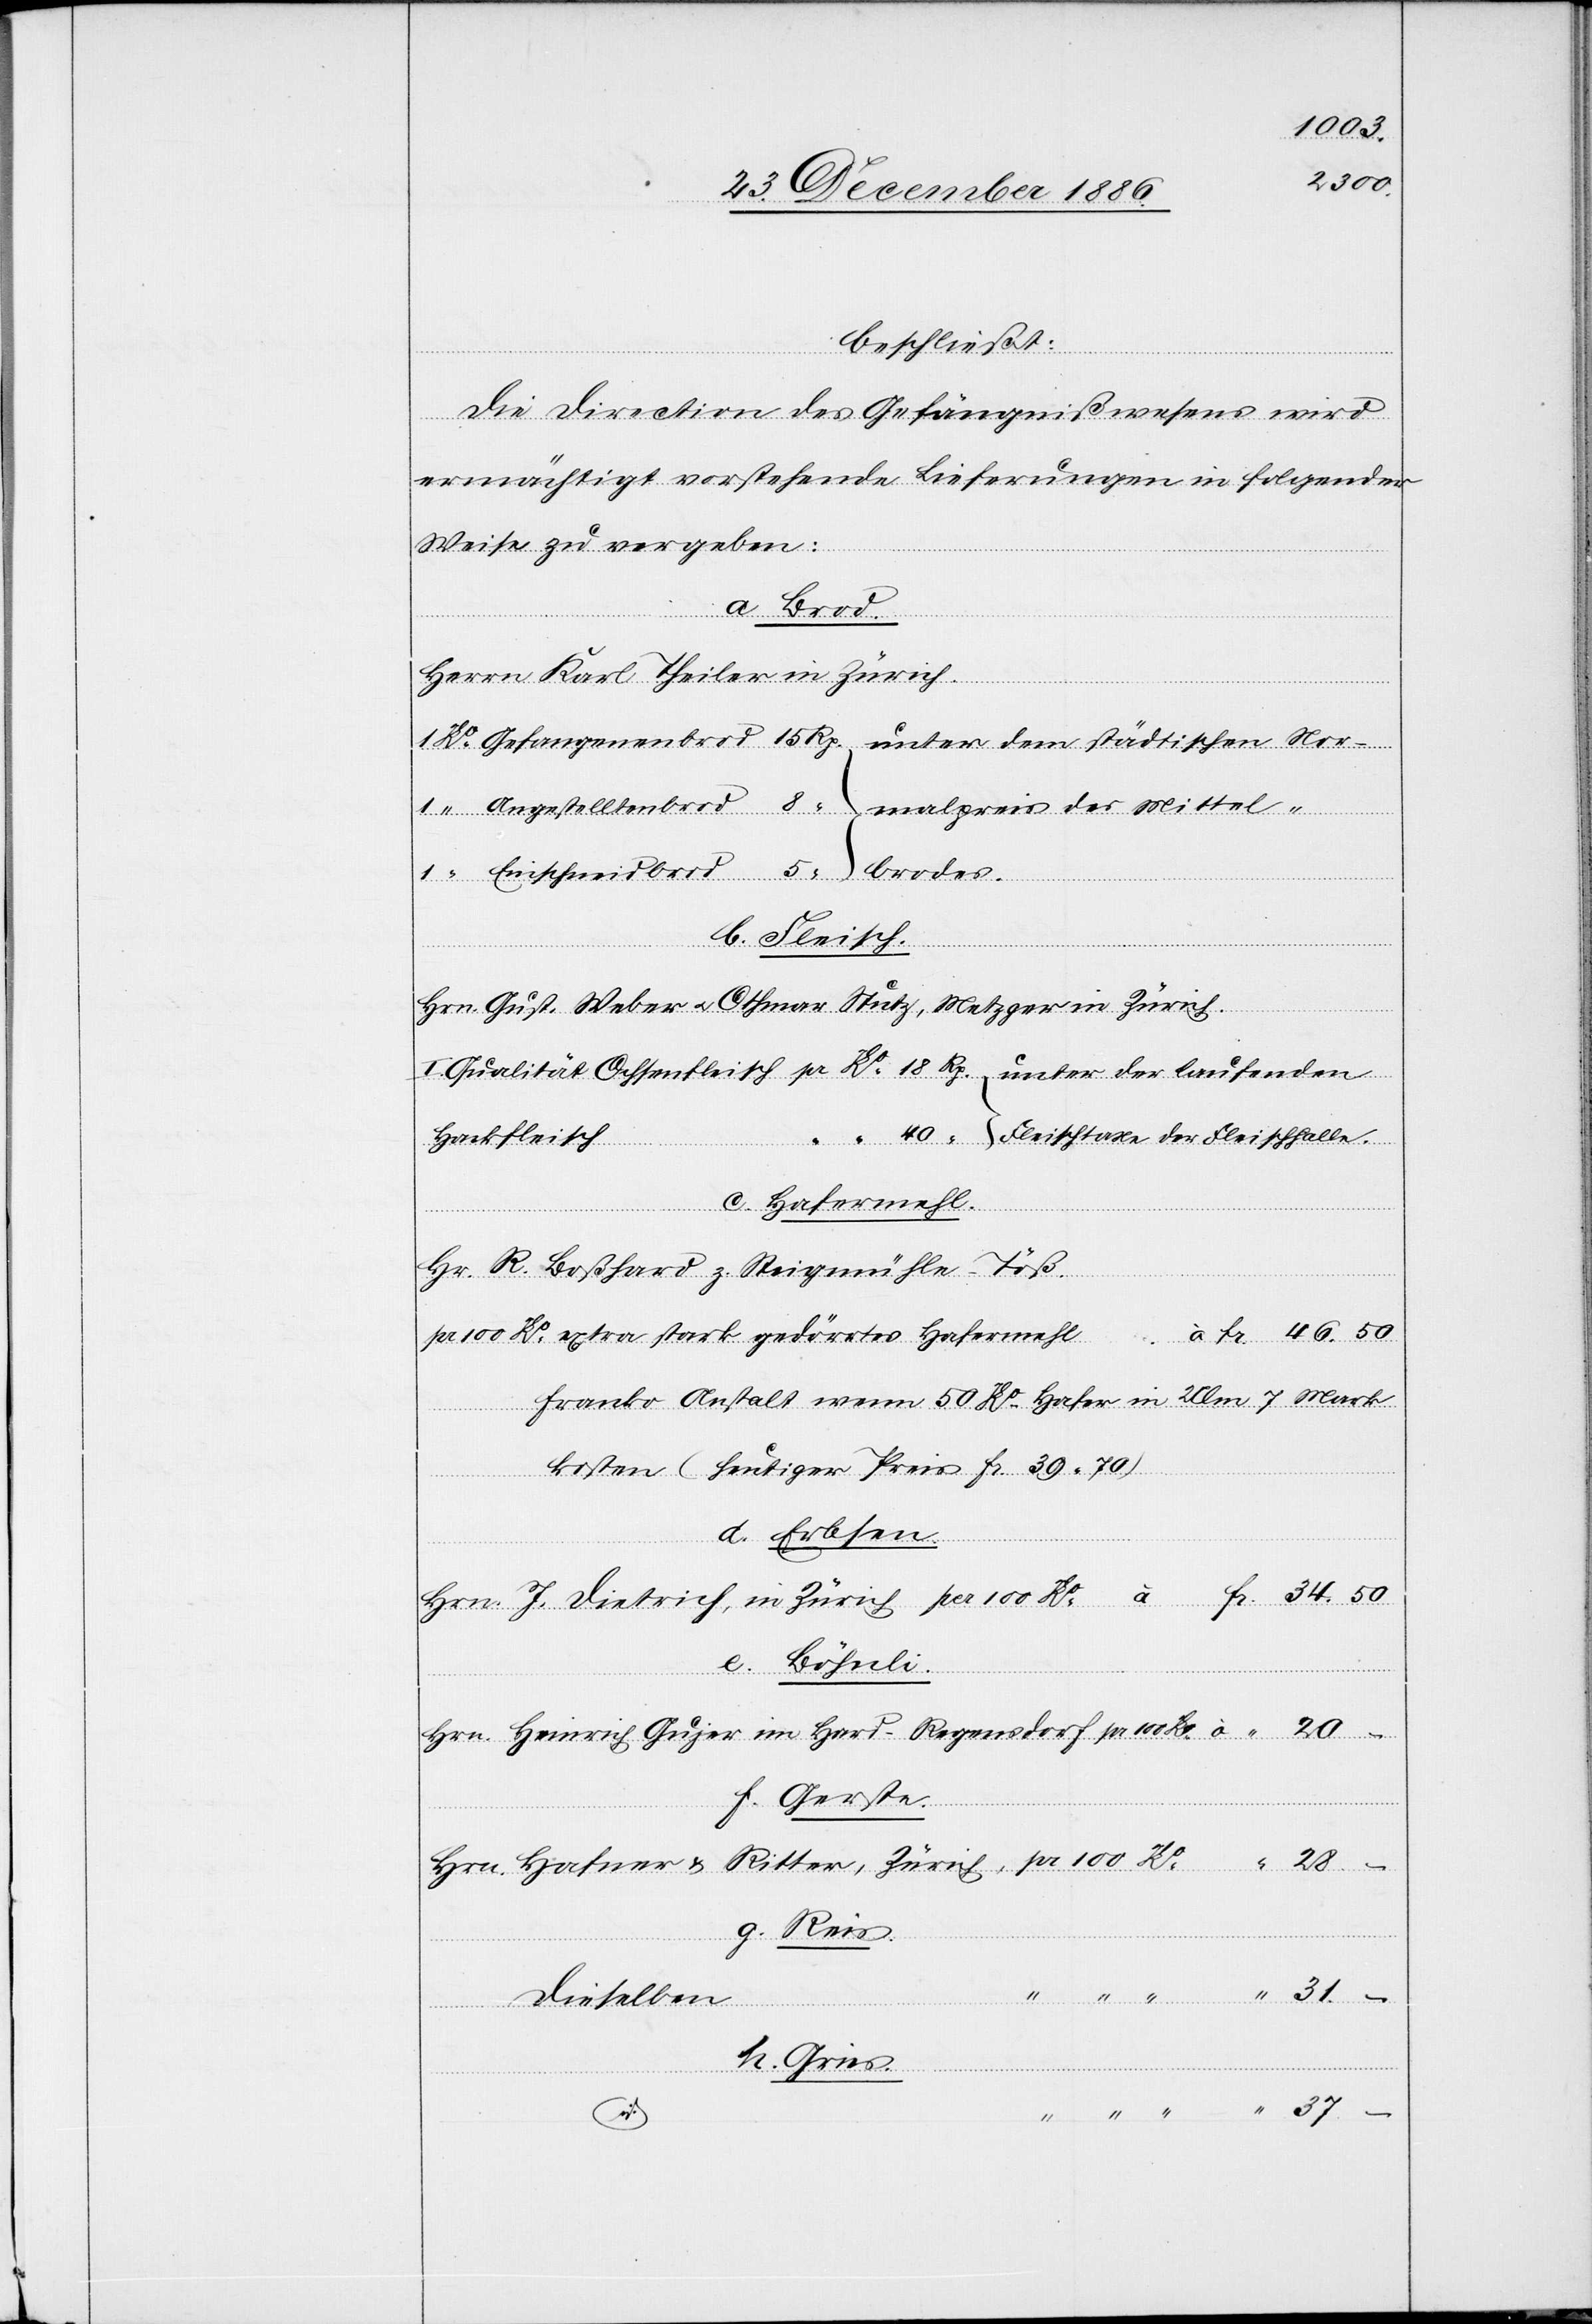
100 Ko
28.
beschließt:
Die Direction des Gefängnißwesens wird
ermächtigt vorstehende Lieferungen in folgender
Weise zu vergeben:
a. Brod.
Herrn Karl Theiler in Zürich.
b. Fleisch.
id.
Hrn. Gust. Weber & Othmar Stutz, Metzger in Zürich.
Hackfleisch
–
c. Hafermehl.
Hr. R. Boßhard z. Steigmühle - Töß.
pr. 100 Ko extra stark gedörrtes Hafermehl à Fr. 46.50
franko Anstalt wenn 50 Ko Hafer in Ulm 7 Mark
kosten (heutiger Preis Fr. 39 70)
ter,
d. Erbsen.
e. Böhnli.
f. Gerste.
g. Reis.
31. –
dieselben
h. Gries.
37.